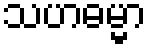
သဟဓမ္မာ